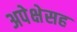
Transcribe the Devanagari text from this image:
अपेक्षेसह